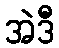
အဲဒီ